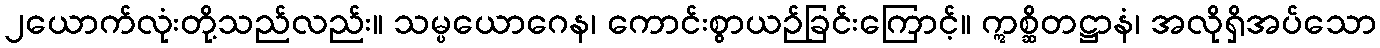
၂ယောက်လုံးတို့သည်လည်း။ သမ္ပယောဂေန၊ ကောင်းစွာယဉ်ခြင်းကြောင့်။ ဣစ္ဆိတဋ္ဌာနံ၊ အလိုရှိအပ်သော